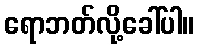
ရောဘတ်လို့ခေါ်ပါ။